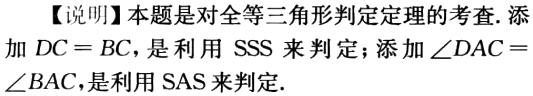
【说明】本题是对全等三角形判定定理的考查. 添加 \(DC = BC\)，是利用 \(SSS\) 来判定；添加 \(\angle DAC=\angle BAC\)，是利用 \(SAS\) 来判定.